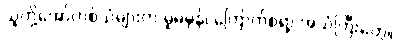
သူတို့အော်ဟစ်သံများက မူမမှန်၊ ကြောက်စရာ့ အသံကြီးတွေ။